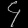
Digit: ၄